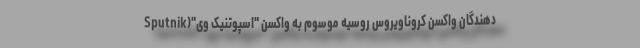
دهندگان واکسن کروناویروس روسیه موسوم به واکسن "اسپوتنیک وی"(Sputnik